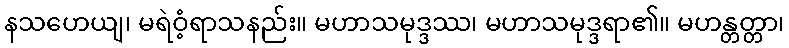
နသဟေယျ၊ မရဲဝံ့ရာသနည်း။ မဟာသမုဒ္ဒဿ၊ မဟာသမုဒ္ဒရာ၏။ မဟန္တတ္တာ၊